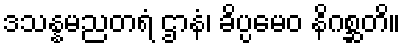
ဒသန္နမညတရံ ဌာနံ၊ ခိပ္ပမေဝ နိဂစ္ဆတိ။